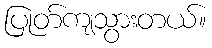
ပြုတ်ကျသွားတယ်။